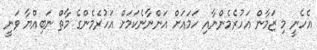
އެހެނީ މި ޒަމާން އަހުރެމެންނާއި ހަމައަށް އަންނާނެކަމަށް އަހުރެމެންގެ މާތް ނަބިއްޔާ ވަނީ